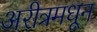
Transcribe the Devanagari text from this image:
अरीत्रमधून